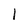
Character: I